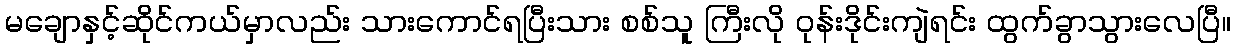
မချောနှင့်ဆိုင်ကယ်မှာလည်း သားကောင်ရပြီးသား စစ်သူ ကြီးလို ဝုန်းဒိုင်းကျဲရင်း ထွက်ခွာသွားလေပြီ။